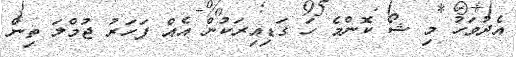
އެދުވަހު މި ޝޯ ކޮންމެ ހަ ގަޑިއިރަކުން އެއް ފަހަރު ޖުމްލަ ތިން